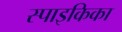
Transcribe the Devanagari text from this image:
स्पाइकिका